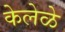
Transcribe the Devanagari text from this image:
केलेळे